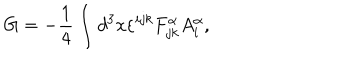
LaTeX: G = - \frac { 1 } { 4 } \int d ^ { 3 } x \varepsilon ^ { i j k } F _ { j k } ^ { \alpha } A _ { i } ^ { \alpha } ,